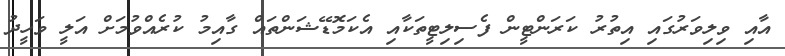
އާއި ވިލިވަރުގައި އިތުރު ކަރަންޓީން ފެސިލިޓީތަކާއި އެކަމޮޑޭޝަންތައް ގާއިމު ކުރެއްވުމަށް އަލީ ވަހީދު